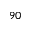
9 0